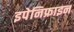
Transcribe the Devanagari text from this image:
इपेनिफ्राइन